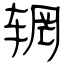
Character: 辋